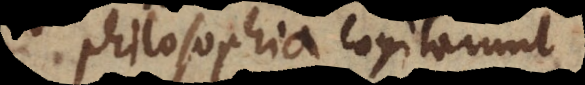
philosophia cogitarunt.